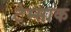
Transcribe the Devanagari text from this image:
टेम्साक